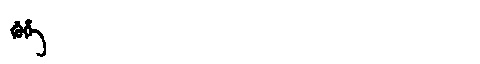
Manchu: ᡤᡠᡥᡝ
Romanization: GUHE